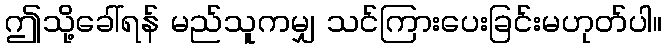
ဤသို့ခေါ်ရန် မည်သူကမျှ သင်ကြားပေးခြင်းမဟုတ်ပါ။